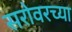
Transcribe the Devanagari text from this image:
सरोवरच्या